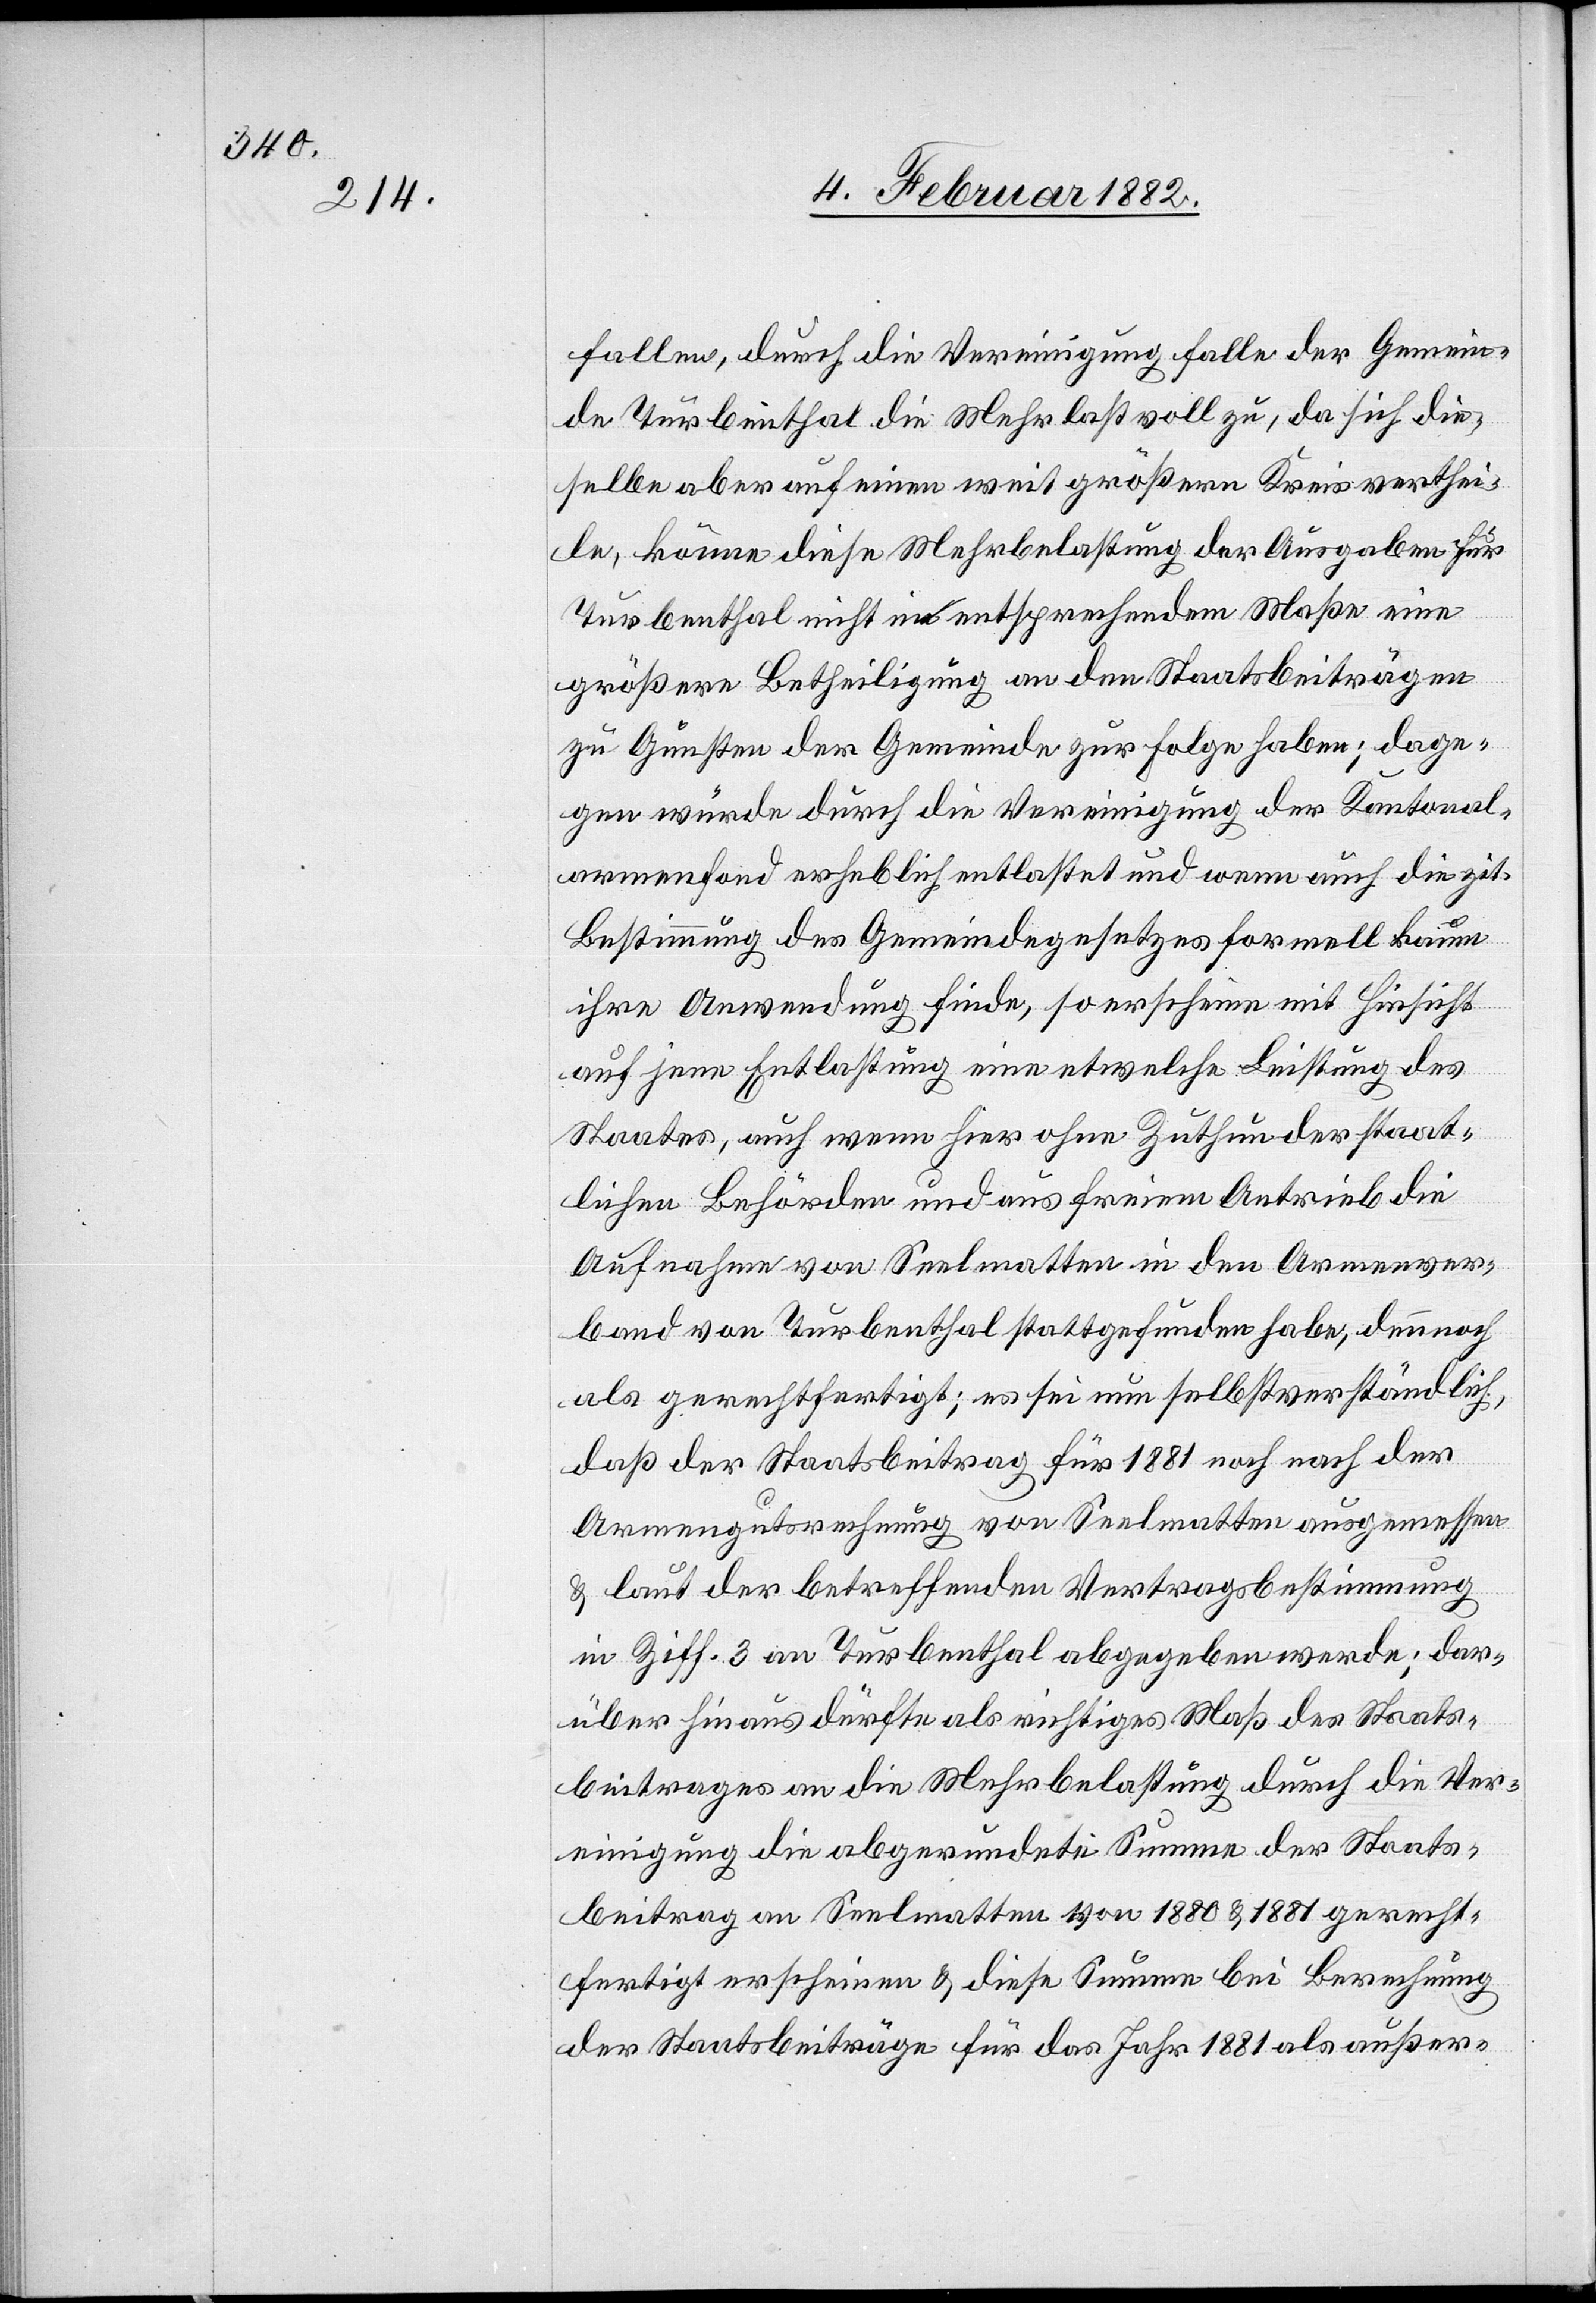
fallen, durch die Vereinigung falle der Gemein¬
de Turbenthal die Mehrlast voll zu, da sich die¬
selbe aber auf einen meist größeren Kreis verthei¬
le, könne diese Mehrbelastung der Ausgaben für
Turbenthal nicht in entsprechendem Maße eine
größere Betheiligung an den Staatsbeiträgen
zu Gunsten der Gemeinde zur Folge haben; dage¬
gen würde durch die Vereinigung der Kantonal¬
armenfond erheblich entlastet und wenn auch die zit.
Bestimmung des Gemeindegesetzes formell kaum
ihre Anwendung finde, so erscheine mit Hinsicht
auf jene Entlastung eine etwelche Leistung des
Staates, auch wenn hier ohne Zuthun der staat¬
lichen Behörde und aus freiem Antrieb die
Aufnahme von Seelmatten in den Armenver¬
band von Turbenthal stattgefunden habe, dennoch
als gerechtfertigt; es sei nun selbstverständlich,
daß der Staatsbeitrag für 1881 noch nach der
Armengutsrechnung von Seelmatten ausgemessen
& laut der betreffenden Vertragsbestimmung
in Ziff. 3 an Turbenthal abgegeben werde; dar¬
über hinaus dürfte als richtiges Maß des Staats¬
beitrages an die Mehrbelastung durch die Ver¬
einigung an Seelmatten von 1880 & 1882 gerecht¬
fertigt erscheinen & diese Summe bei Berechnung
der Staatsbeiträge für das Jahr 1881 als außer-